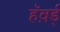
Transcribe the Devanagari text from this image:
हॅव़र्ड्